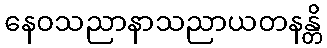
နေဝသညာနာသညာယတနန္တိ